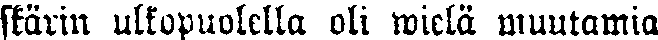
skärin ulkopuolella oli wielä muutamia